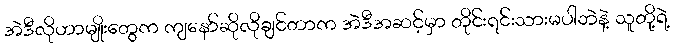
အဲဒီလိုဟာမျိုးတွေက ကျနော်ဆိုလိုချင်တာက အဲဒီအဆင့်မှာ တိုင်းရင်းသားမပါဘဲနဲ့ သူတို့ရဲ့